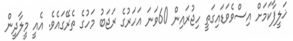
ޚަލީފާކަމަށް އިސްވެވަޑައިގަތީ ހިޖުރައިން 60ވަނަ އަހަރުގެ ރަޖަބު މަހުގެ ތެރޭގައެވެ. އެއީ މީލާދީން